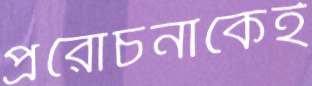
প্ররোচনাকেই